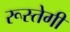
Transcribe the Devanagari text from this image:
रूस्तेगी